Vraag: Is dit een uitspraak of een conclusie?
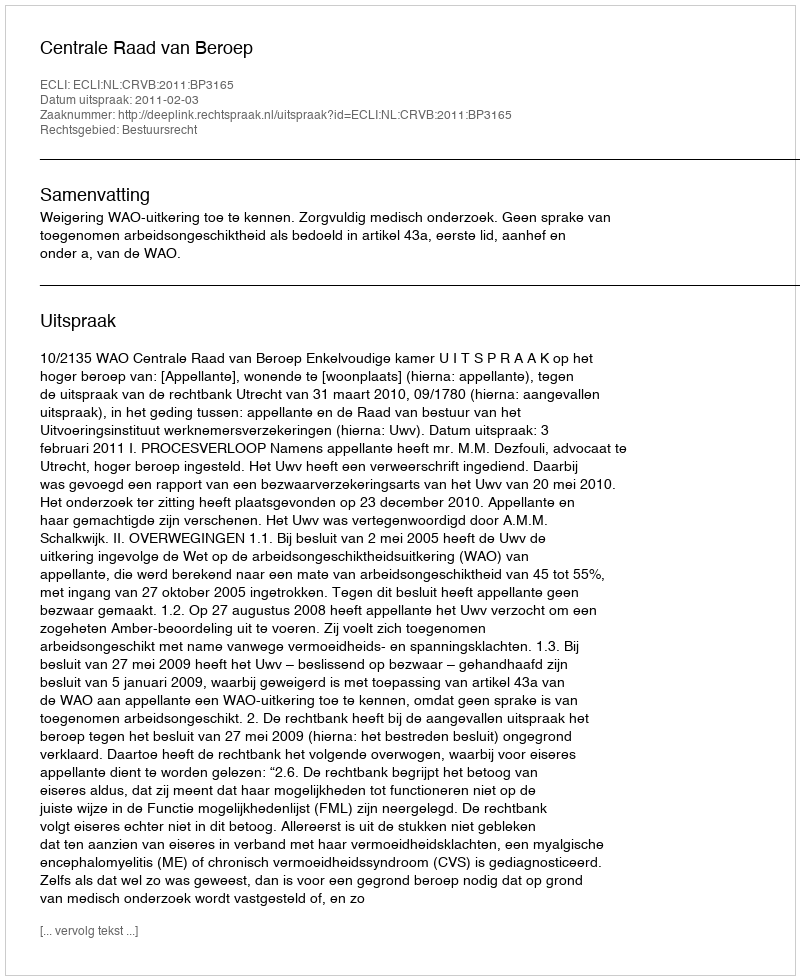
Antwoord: Uitspraak